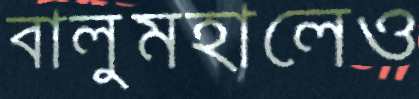
বালুমহালেও